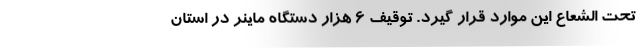
تحت الشعاع این موارد قرار گیرد. توقیف 6 هزار دستگاه ماینر در استان